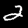
Label: 2